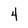
Character: 4